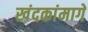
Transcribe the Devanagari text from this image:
खंदकांमागे